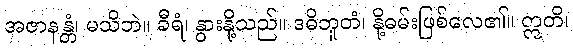
အဇာနန္တံ၊ မသိဘဲ။ ခီရံ၊ နွားနို့သည်။ ဒဓိဘူတံ၊ နို့ဓမ်းဖြစ်လေ၏။ ဣတိ၊